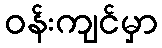
ဝန်းကျင်မှာ